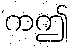
ကဤ